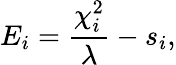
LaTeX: E_{i}=\frac{\chi_{i}^{2}}{\lambda}-s_{i},